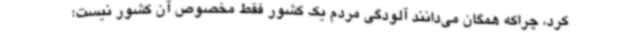
کرد، چراکه همگان می‌دانند آلودگی مردم یک کشور فقط مخصوص آن کشور نیست؛